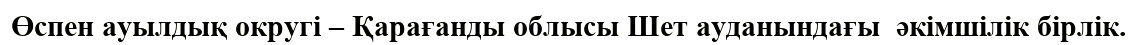
Өспен ауылдық округі – Қарағанды облысы Шет ауданындағы  әкімшілік бірлік.